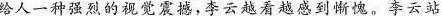
给人一种强烈的视觉震撼，李云越看越感到惭愧，李云站